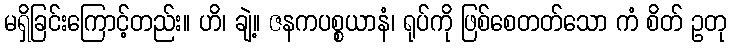
မရှိခြင်းကြောင့်တည်း။ ဟိ၊ ချဲ့။ ဇနကပစ္စယာနံ၊ ရုပ်ကို ဖြစ်စေတတ်သော ကံ စိတ် ဥတု